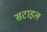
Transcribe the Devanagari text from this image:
सटाइल